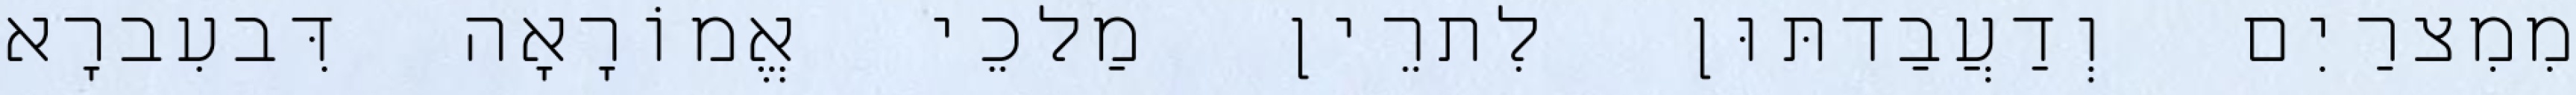
מִמִצרַיִם וְדַעֲבַדתּוּן לִתרֵין מַלכֵי אֱמוֹרָאָה דִּבעִברָא